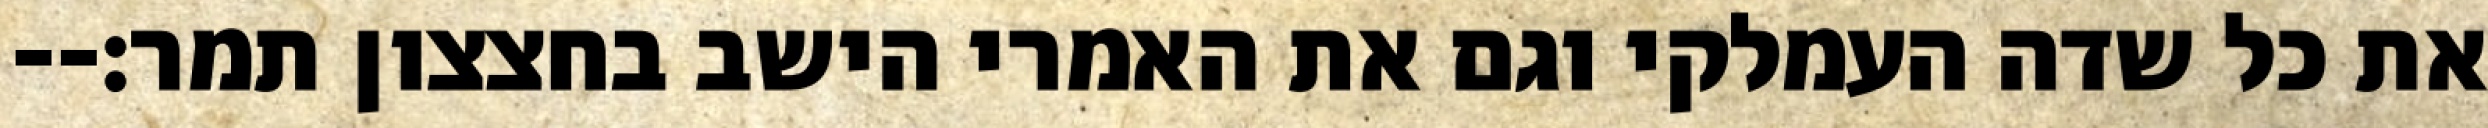
את כל שדה העמלקי וגם את האמרי הישב בחצצון תמר׃--